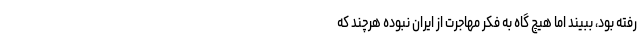
رفته بود، ببیند اما هیچ گاه به فکر مهاجرت از ایران نبوده هرچند که